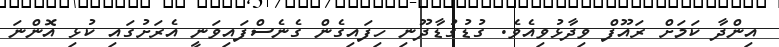
އިންދާ ކަމަށް ރައޫފް ވިދާޅުވިއެވެ. ގުޑުގުޑާދޫނި ހިފައިގެން ގެނެސްފައިވަނީ އެރަށުގައި ކުޅި އޮންނަ